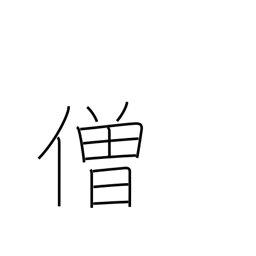
Meaning: monk